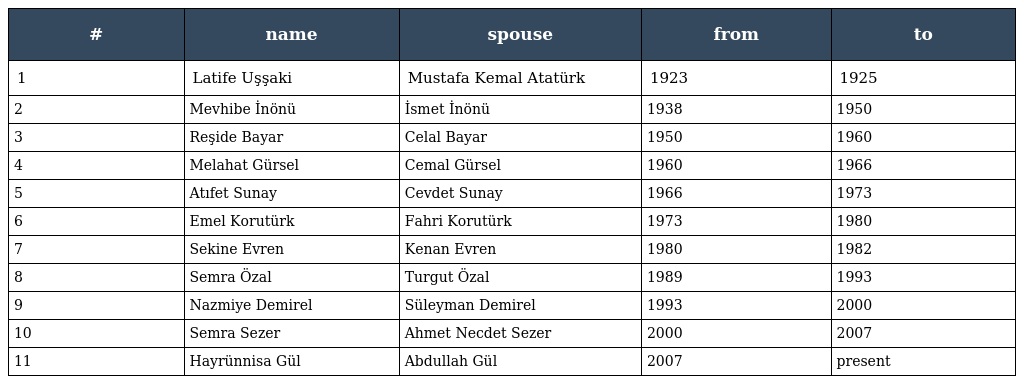
| # | name | spouse | from | to |
 | --- | --- | --- | --- | --- |
 | 1 | Latife Uşşaki | Mustafa Kemal Atatürk | 1923 | 1925 |
 | 2 | Mevhibe İnönü | İsmet İnönü | 1938 | 1950 |
 | 3 | Reşide Bayar | Celal Bayar | 1950 | 1960 |
 | 4 | Melahat Gürsel | Cemal Gürsel | 1960 | 1966 |
 | 5 | Atıfet Sunay | Cevdet Sunay | 1966 | 1973 |
 | 6 | Emel Korutürk | Fahri Korutürk | 1973 | 1980 |
 | 7 | Sekine Evren | Kenan Evren | 1980 | 1982 |
 | 8 | Semra Özal | Turgut Özal | 1989 | 1993 |
 | 9 | Nazmiye Demirel | Süleyman Demirel | 1993 | 2000 |
 | 10 | Semra Sezer | Ahmet Necdet Sezer | 2000 | 2007 |
 | 11 | Hayrünnisa Gül | Abdullah Gül | 2007 | present |